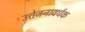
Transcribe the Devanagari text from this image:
उत्तेजनावर्धक